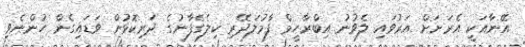
އޭނާއަކީ އެރަށަށް އަރުވައި ލެވުނު އިބްރާހީމް ފާމުލަދޭރި ކިލެގެފާނުގެ ދަރިކޮޅުން ވަޑައިގެން ހުންނެވި